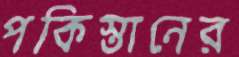
পকিস্তানের